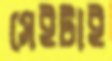
সেইটাই